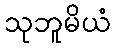
သုဘူမိယံ